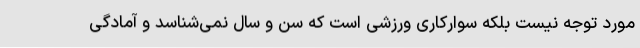
مورد توجه نیست بلکه سوارکاری ورزشی است که سن و سال نمی‌شناسد و آمادگی